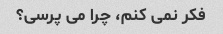
فکر نمی کنم، چرا می پرسی؟